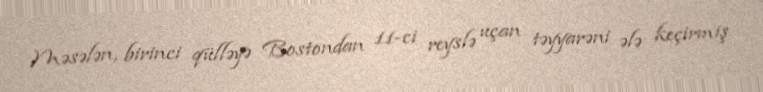
Məsələn, birinci qülləyə Bostondan 11-ci reyslə uçan təyyarəni ələ keçirmiş